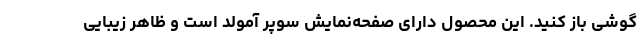
گوشی باز کنید. این محصول دارای صفحه‌نمایش سوپر آمولد است و ظاهر زیبایی